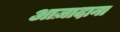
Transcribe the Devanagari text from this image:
आज़ादाना